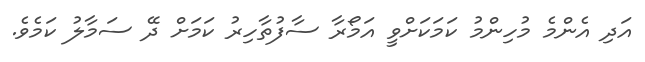
އަދި އެންމެ މުހިންމު ކަމަކަށްވީ އަމޯރާ ސާފުތާހިރު ކަމަށް ދޭ ސަމާލު ކަމެވެ.